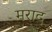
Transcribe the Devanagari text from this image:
मराद